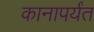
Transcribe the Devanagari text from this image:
कानापर्यंत